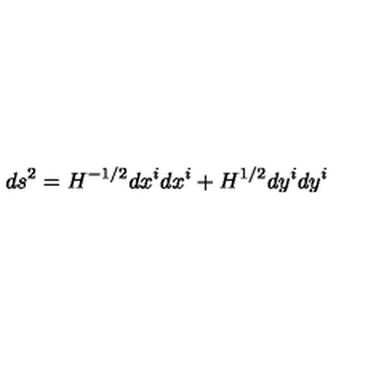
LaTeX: d s ^ { 2 } = H ^ { - 1 / 2 } d x ^ { i } d x ^ { i } + H ^ { 1 / 2 } d y ^ { i } d y ^ { i }